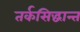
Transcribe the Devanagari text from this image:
तर्कसिद्धान्त